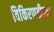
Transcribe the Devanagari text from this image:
विकिरणतीव्रता